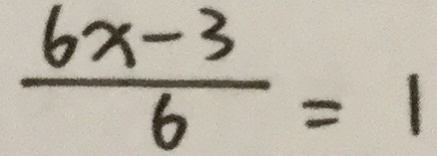
\frac { 6 x - 3 } { 6 } = 1